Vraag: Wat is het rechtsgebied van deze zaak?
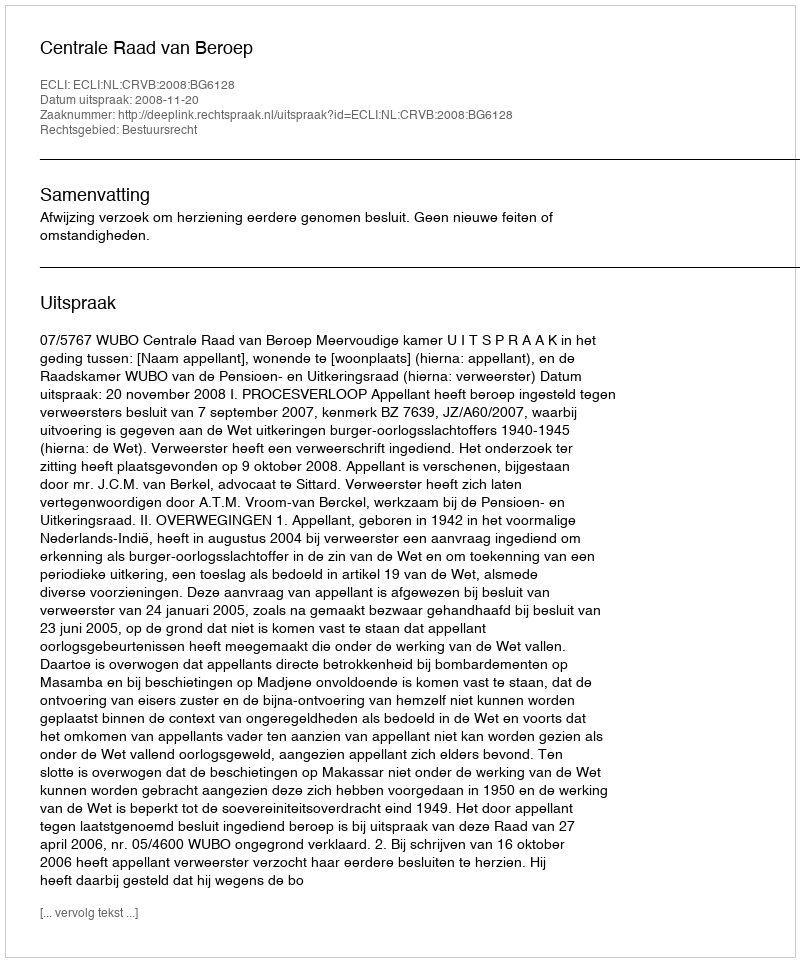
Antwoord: Bestuursrecht